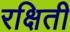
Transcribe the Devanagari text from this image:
रक्षिती